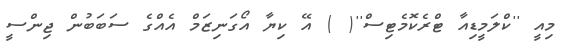
މިއީ ''ކްލަމީޑިއާ ޓްރެކޮމެޓިސް''( ) އޭ ކިޔާ އޯގަނިޒަމް އެއްގެ ސަބަބުން ޖިންސީ